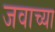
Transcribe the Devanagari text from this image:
जवाच्या